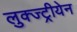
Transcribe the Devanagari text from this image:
लुक्ज्ट्रीयेन